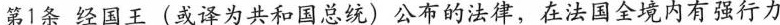
第1条经国王(或译为共和国总统)公布的法律，在法国全境内有强行力